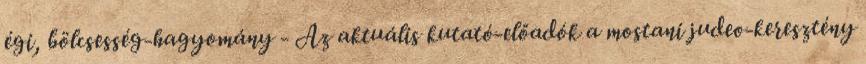
égi, bölcsesség-hagyomány - Az aktuális kutató-előadók a mostani judeo-keresztény